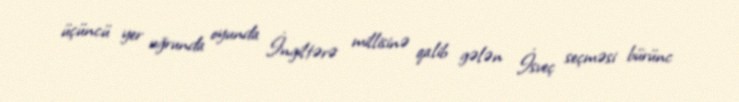
üçüncü yer uğrunda oyunda İngiltərə millisinə qalib gələn İsveç seçməsi bürünc